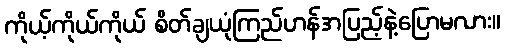
ကိုယ့်ကိုယ်ကိုယ် စိတ်ချယုံကြည်ဟန်အပြည့်နဲ့ပြောမလား။